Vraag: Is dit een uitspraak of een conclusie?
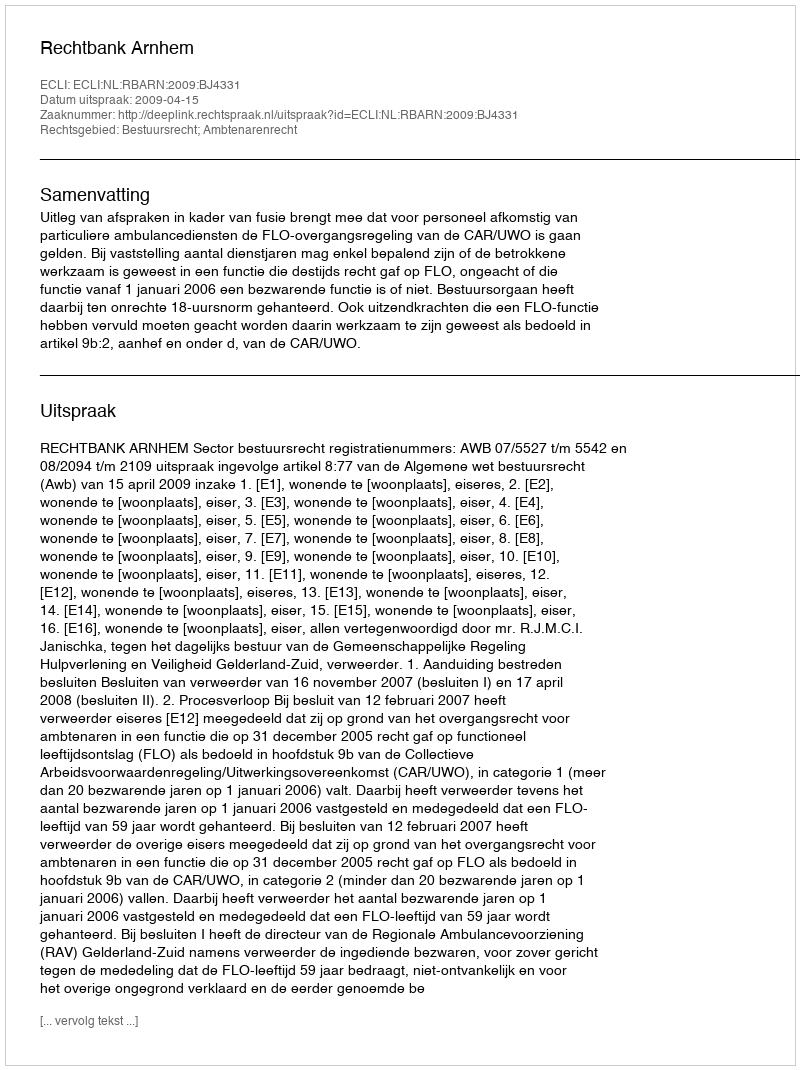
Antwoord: Uitspraak